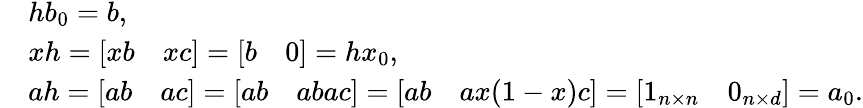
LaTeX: \begin{array}{rl}&{hb_{0}=b,}\\ &{xh=\left[\begin{array}{ll}{xb}&{xc}\end{array}\right]=\left[\begin{array}{ll}{b}&{0}\end{array}\right]=hx_{0},}\\ &{ah=\left[\begin{array}{ll}{ab}&{ac}\end{array}\right]=\left[\begin{array}{ll}{ab}&{abac}\end{array}\right]=\left[\begin{array}{ll}{ab}&{ax(1-x)c}\end{array}\right]=\left[\begin{array}{ll}{1_{n\times n}}&{0_{n\times d}}\end{array}\right]=a_{0}.}\end{array}